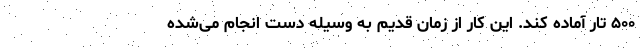
۵۰۰ تار آماده کند. این کار از زمان قدیم به وسیله دست انجام می‌شده